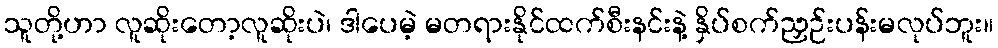
သူတို့ဟာ လူဆိုးတော့လူဆိုးပဲ၊ ဒါပေမဲ့ မတရားနိုင်ထက်စီးနင်းနဲ့ နှိပ်စက်ညှဉ်းပန်းမလုပ်ဘူး။